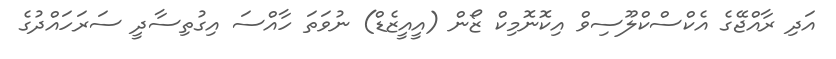
އަދި ރާއްޖޭގެ އެކްސްކްލޫސިވް އިކޮނޮމިކް ޒޯން (އީއީޒެޑް) ނުވަތަ ހާއްސަ އިގުތިސާދީ ސަރަހައްދުގެ